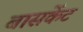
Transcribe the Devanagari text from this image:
बासकेंट